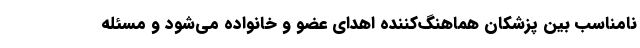
نامناسب بین پزشکان هماهنگ‌کننده اهدای عضو و خانواده می‌شود و مسئله